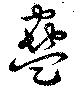
蠱